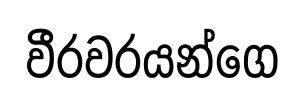
වීරවරයන්ගෙ